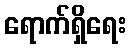
ရောက်ရှိရေး